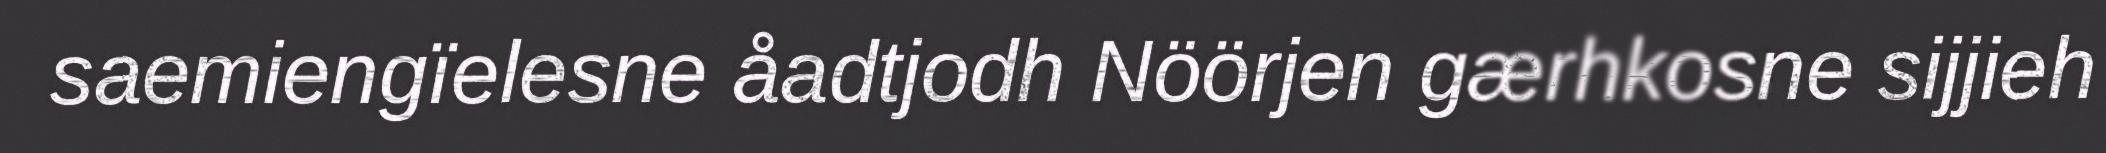
saemiengïelesne åadtjodh Nöörjen gærhkosne sijjieh